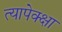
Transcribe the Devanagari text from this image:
त्यापेक्क्षा